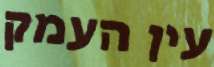
עין העמק